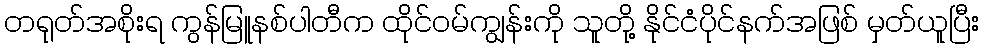
တရုတ်အစိုးရ ကွန်မြူနစ်ပါတီက ထိုင်ဝမ်ကျွန်းကို သူတို့ နိုင်ငံပိုင်နက်အဖြစ် မှတ်ယူပြီး